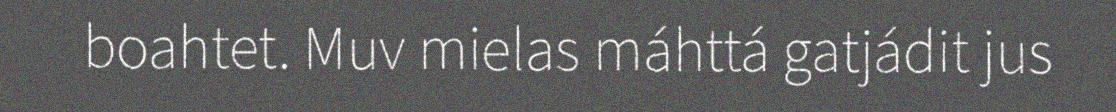
boahtet. Muv mielas máhttá gatjádit jus